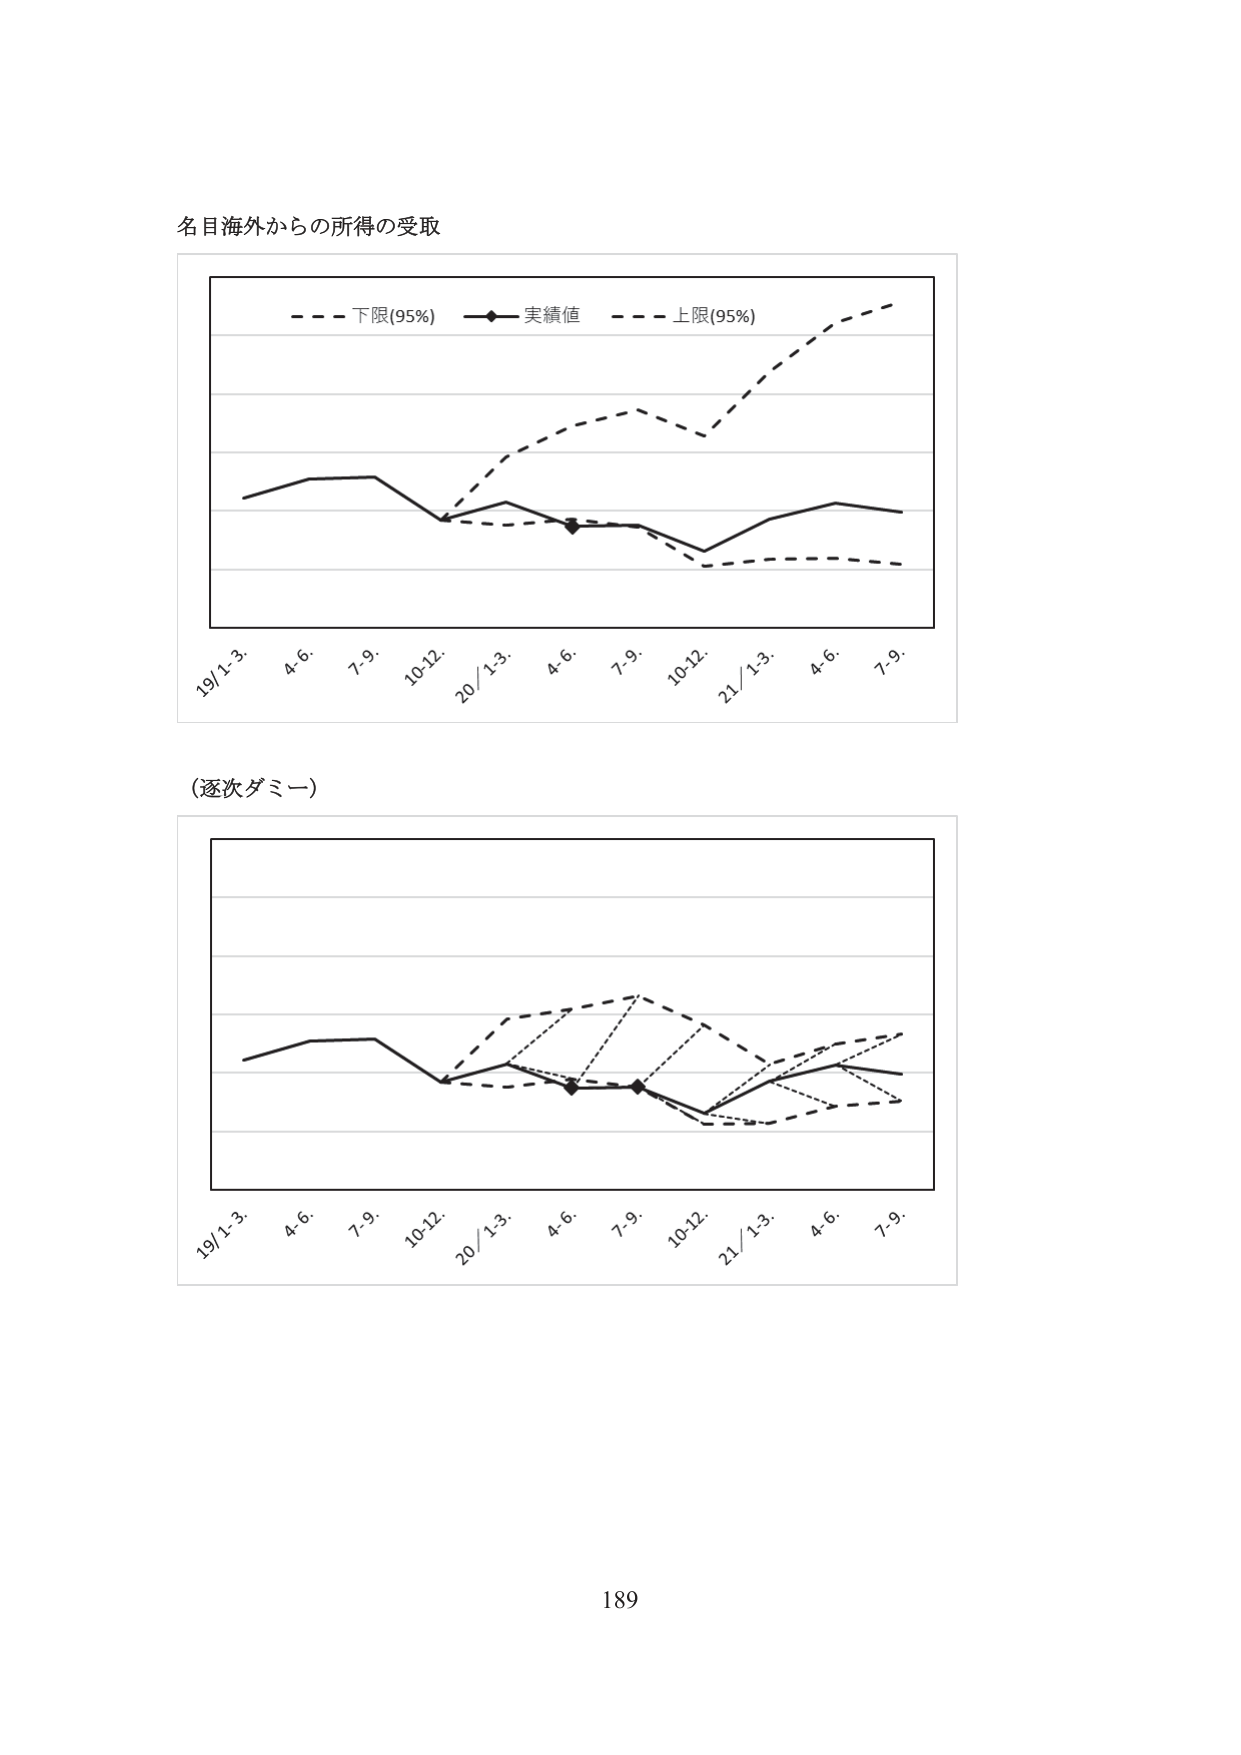
名目海外からの所得の受取

- - - 下限(95%)  —◆— 実績値  - - - 上限(95%)

19/1-3.  4.6.  7.9.  10-12.  20/1-3.  4.6.  7.9.  10-12.  21/1-3.  4.6.  7.9.

(逐次ダミー)

19/1-3.  4.6.  7.9.  10-12.  20/1-3.  4.6.  7.9.  10-12.  21/1-3.  4.6.  7.9.

189